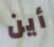
أين